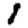
Digit: 1